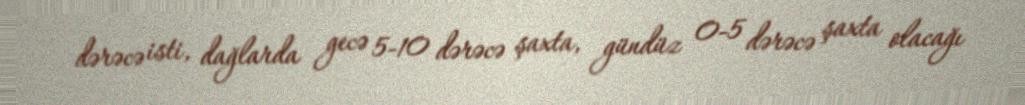
dərəcə isti, dağlarda gecə 5-10 dərəcə şaxta, gündüz 0-5 dərəcə şaxta olacağı